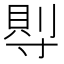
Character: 𡬷